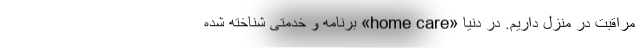
مراقبت در منزل داریم. در دنیا «home care» برنامه و خدمتی شناخته شده